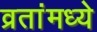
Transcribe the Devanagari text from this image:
व्रतांमध्ये